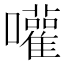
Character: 嚾